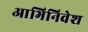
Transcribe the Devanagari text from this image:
आभिनिवेश